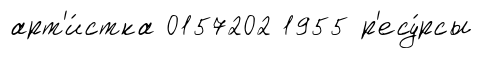
арт'и́стка 0157202 1955 р'есу́рсы